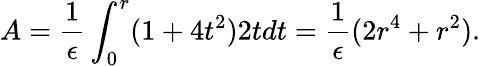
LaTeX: A={\frac{1}{\epsilon}}\int_{0}^{r}(1+4t^{2})2tdt={\frac{1}{\epsilon}}(2r^{4}+r^{2}).